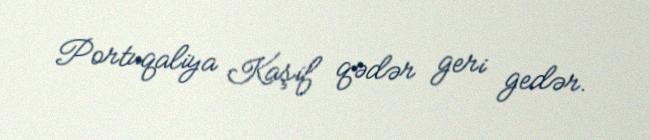
Portuqaliya Kaşif qədər geri gedər.